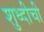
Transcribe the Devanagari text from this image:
शुध्दीची